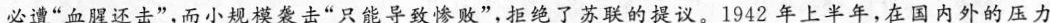
必遭”血腥还击”，而小规模袭击”只能导致惨败”，拒绝了苏联的提议。1942年上半年，在国内外的压力